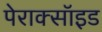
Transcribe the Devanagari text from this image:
पेराक्सॉइड